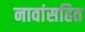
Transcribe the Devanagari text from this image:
नावांसहित